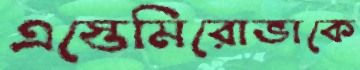
এস্তেমিরোভাকে